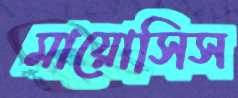
মায়োসিস